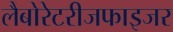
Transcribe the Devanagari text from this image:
लैबोरेटरीजफाइजर